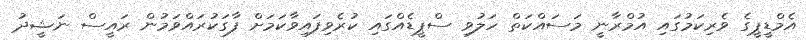
އެމްޑީޕީގެ ވެރިކަމުގައި އުމްރާނީ މަސައްކަތް ހަލުވި ސްޕީޑެއްގައި ކުރެވިފައިވާކަމަށް ފާގަކުރައްވަމުން ރައީސް ނަޝީދު